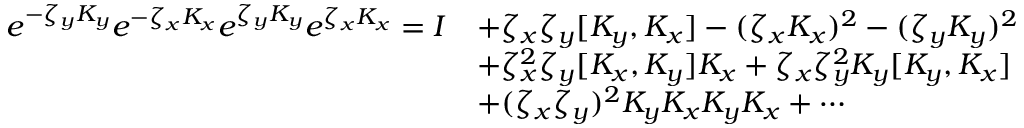
{ \begin{array} { r l } { e ^ { - \zeta _ { y } K _ { y } } e ^ { - \zeta _ { x } K _ { x } } e ^ { \zeta _ { y } K _ { y } } e ^ { \zeta _ { x } K _ { x } } = I } & { + \zeta _ { x } \zeta _ { y } [ K _ { y } , K _ { x } ] - ( \zeta _ { x } K _ { x } ) ^ { 2 } - ( \zeta _ { y } K _ { y } ) ^ { 2 } } \\ & { + \zeta _ { x } ^ { 2 } \zeta _ { y } [ K _ { x } , K _ { y } ] K _ { x } + \zeta _ { x } \zeta _ { y } ^ { 2 } K _ { y } [ K _ { y } , K _ { x } ] } \\ & { + ( \zeta _ { x } \zeta _ { y } ) ^ { 2 } K _ { y } K _ { x } K _ { y } K _ { x } + \cdots } \end{array} }